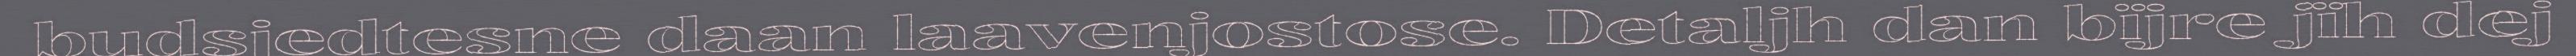
budsjedtesne daan laavenjostose. Detaljh dan bïjre jïh dej